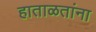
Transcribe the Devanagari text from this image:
हाताळतांना